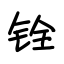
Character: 铨